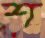
শ